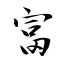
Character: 富